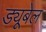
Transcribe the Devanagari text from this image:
ड्यूबेल